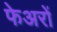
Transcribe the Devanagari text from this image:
फेअरों